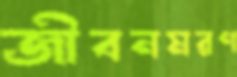
জীবনমরণ